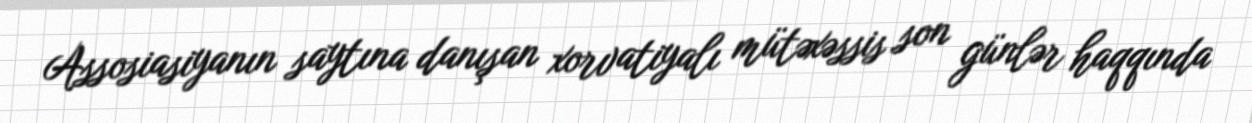
Assosiasiyanın saytına danışan xorvatiyalı mütəxəssis son günlər haqqında